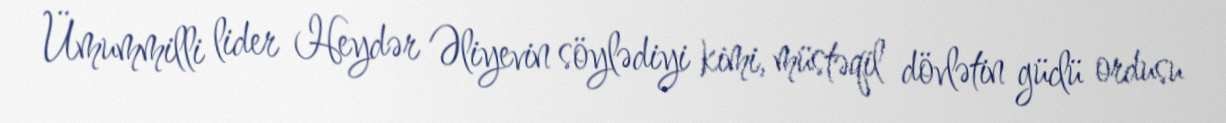
Ümummilli lider Heydər Əliyevin söylədiyi kimi, müstəqil dövlətin güclü ordusu